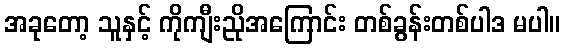
အခုတော့ သူနှင့် ကိုကျီးညိုအကြောင်း တစ်ခွန်းတစ်ပါဒ မပါ။